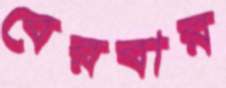
বেরবার